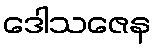
ဒေါသဇေန